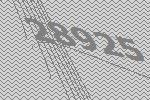
28925